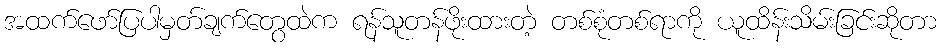
အထက်ဖော်ပြပါမှတ်ချက်တွေထဲက ရန်သူတန်ဖိုးထားတဲ့ တစ်စုံတစ်ရာကို ယူထိန်းသိမ်းခြင်းဆိုတာ